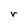
Character: r